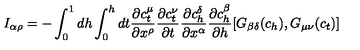
I _ { \alpha \rho } = - \int _ { 0 } ^ { 1 } d h \int _ { 0 } ^ { h } d t \frac { \partial c _ { t } ^ { \mu } } { \partial x ^ { \rho } } \frac { \partial c _ { t } ^ { \nu } } { \partial t } \frac { \partial c _ { h } ^ { \delta } } { \partial x ^ { \alpha } } \frac { \partial c _ { h } ^ { \beta } } { \partial h } [ G _ { \beta \delta } ( c _ { h } ) , G _ { \mu \nu } ( c _ { t } ) ]